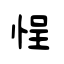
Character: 悜